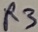
Text: R3